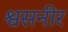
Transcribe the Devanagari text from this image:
श्वसनीर